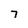
Character: 7